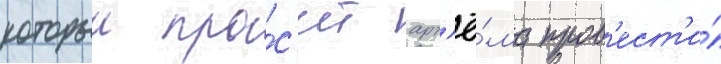
которыи про́с'ит арт'ё́ма пров'ест'и́